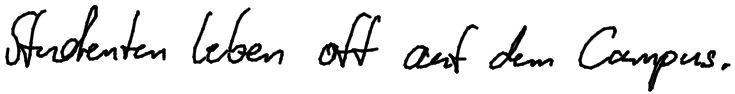
Studenten leben oft auf dem Campus.